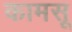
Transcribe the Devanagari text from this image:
कामसू